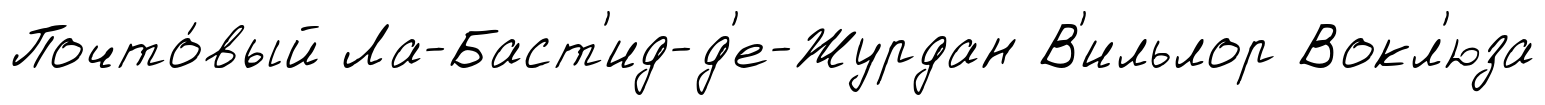
Почто́вый Ла-Баст'ид-д'е-Журдан В'ильлор Вокл'юза